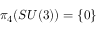
\pi _ { 4 } ( S U ( 3 ) ) = \{ 0 \}